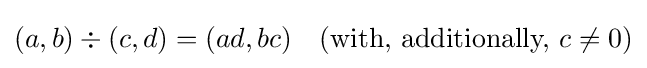
(a,b)\div (c,d)=(ad,bc)\quad ({\text{with, additionally, }}c\neq 0)